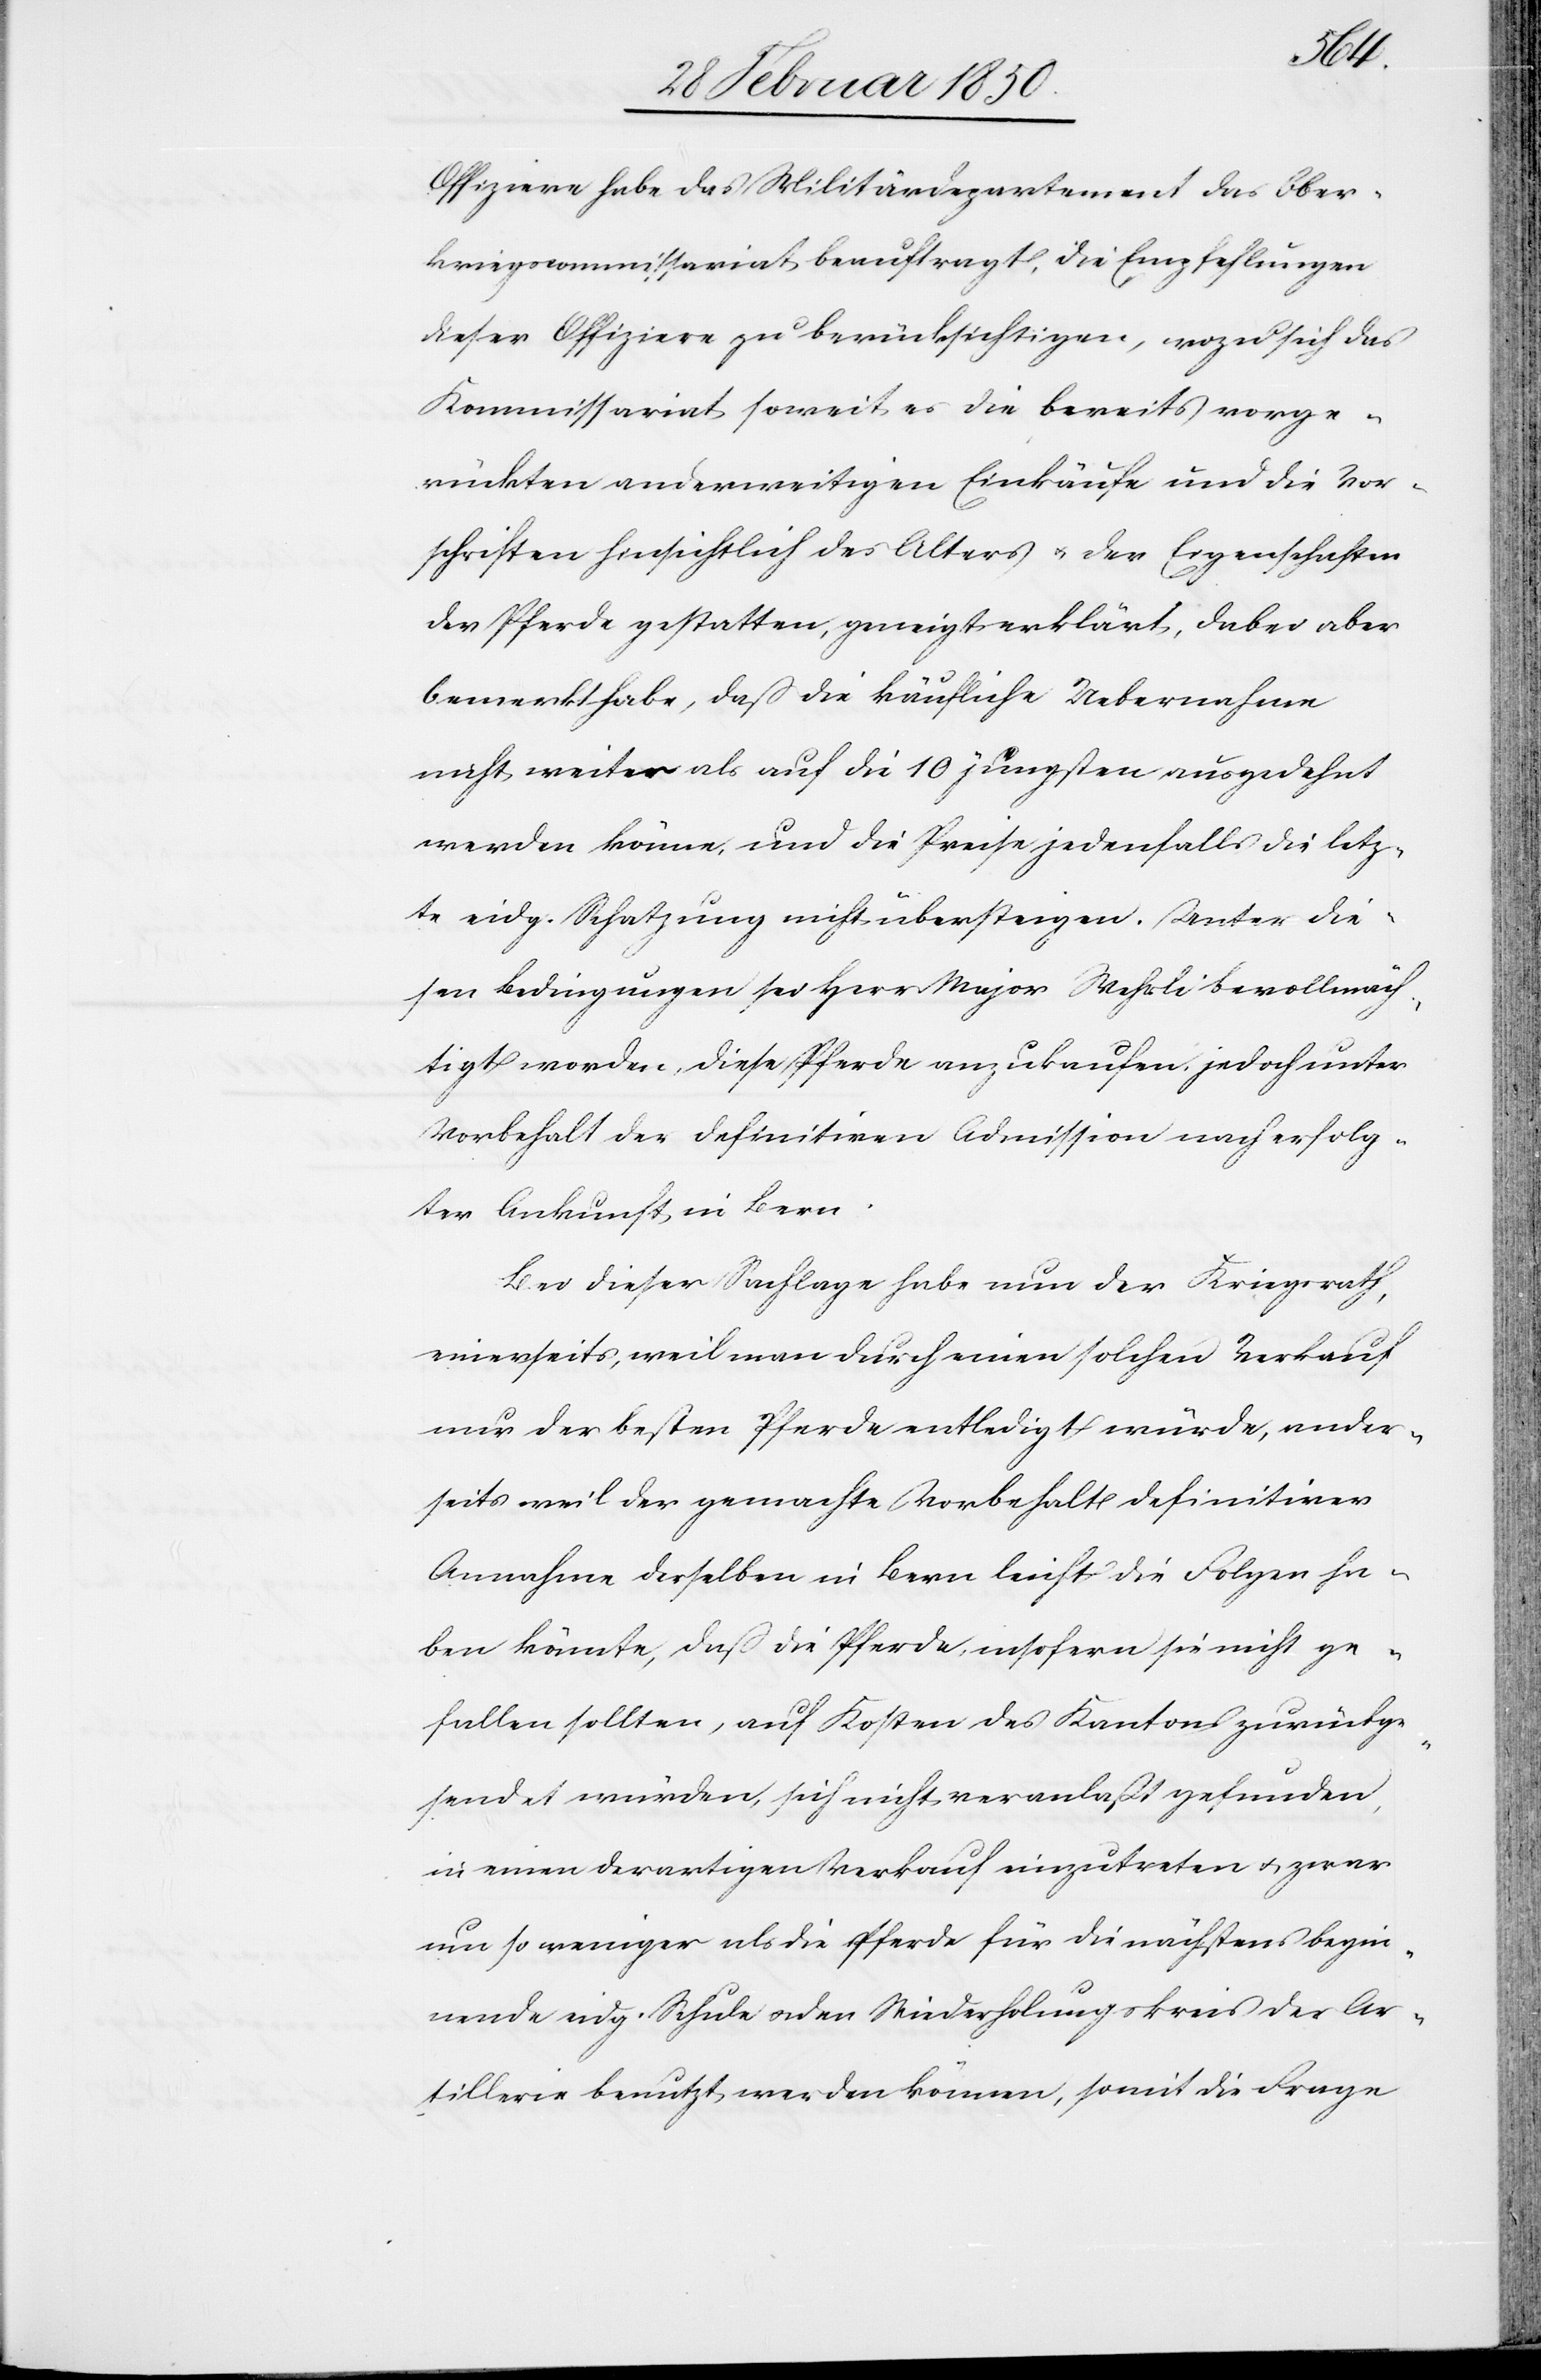
Offiziere habe das Militärdepartement das Ober¬
kriegscommissariat beauftragt, die Empfehlungen
dieser Offiziere zu berücksichtigen, wozu sich das
Kommissariat soweit es die bereits vorge¬
rückten anderweitigen Einkäufe und die Vor¬
schriften hinsichtlich des Alters u. der Eigenschaften
der Pferde gestatten, geneigt erklärt, dabei aber
bemerkt habe, daß die käufliche Uebernahme
nicht weiter als auf die 10 jüngsten ausgedehnt
werden könne, und die Preise jedenfalls die letz¬
te eidg. Schatzung nicht übersteigen. Unter die¬
sen Bedingungen sei Herr Major Wehrli bevollmäch¬
tigt worden, diese Pferde anzukaufen, jedoch unter
Vorbehalt der definitiven Admission nach erfolg¬
ter Ankunft in Bern.
Bei dieser Sachlage habe nun der Kriegsrath,
einerseits, weil man durch einen solchen Verkauf
nur der besten Pferde entledigt würde, ander¬
seits weil der gemachte Vorbehalt definitiver
Annahme desselben in Bern leicht die Folgen ha¬
ben könnte, daß die Pferde, insofern sie nicht ge¬
fallen sollten, auf Kosten des Kantons zurückge¬
sendet würden, sich nicht veranlaßt gefunden,
in einen derartigen Verkauf einzutreten u. zwar
um so weniger als die Pferde für die nächstens begin¬
nende eidg. Schule u. den Wiederholungskreis der Ar¬
tillerie benutzt werden können, somit die Frage